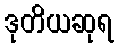
ဒုတိယဆုရ